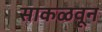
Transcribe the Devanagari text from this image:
साकळवून